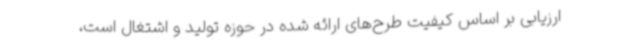
ارزیابی بر اساس کیفیت طرح‌های ارائه شده در حوزه تولید و اشتغال است،